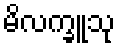
မိလက္ခူသု